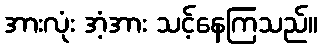
အားလုံး အံ့အား သင့်နေကြသည်။